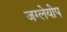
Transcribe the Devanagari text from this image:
जग्लेयोप